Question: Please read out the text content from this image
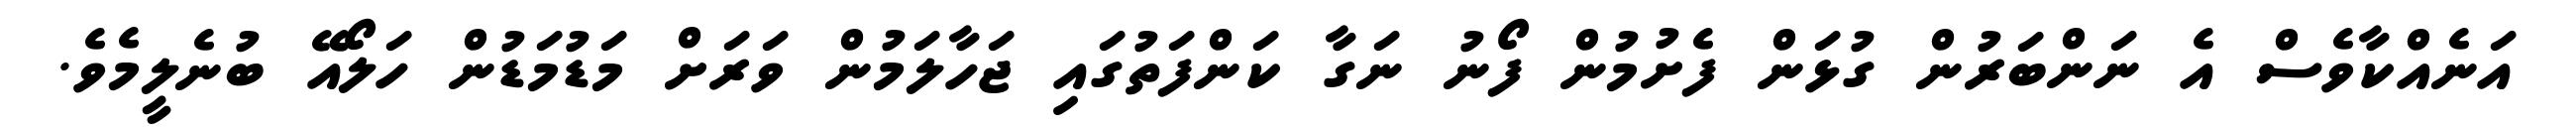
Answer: އަނެއްކާވެސް އެ ނަންބަރުން ގުޅަން ފެށުމުން ފޯނު ނަގާ ކަންފަތުގައި ޖަހާލަމުން ވަރަށް މަޑުމަޑުން ހަލޯއޭ ބުނެލީމެވެ.